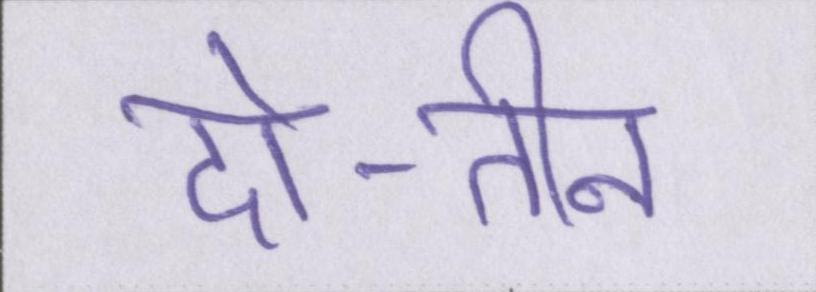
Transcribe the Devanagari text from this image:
दो-तीन